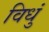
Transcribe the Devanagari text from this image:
विधुं